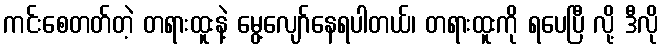
ကင်းစေတတ်တဲ့ တရားထူးနဲ့ မွေ့လျော်နေရပါတယ်၊ တရားထူးကို ရပေပြီ လို့ ဒီလို